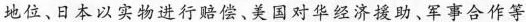
地位、日本以实物进行赔偿、美国对华经济援助、军事合作等